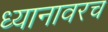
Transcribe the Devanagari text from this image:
ध्यानावरच